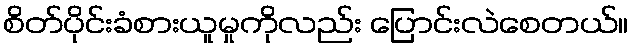
စိတ်ပိုင်းခံစားယူမှုကိုလည်း ပြောင်းလဲစေတယ်။